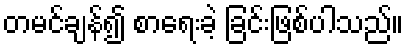
တမင်ချန်၍ စာရေးခဲ့ ခြင်းဖြစ်ပါသည်။